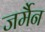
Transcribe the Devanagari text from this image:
जर्मैन